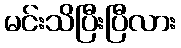
မင်းသိပြီးပြီလား